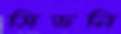
সিডনি